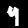
Label: 9